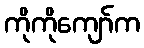
ကိုကိုကျော်က